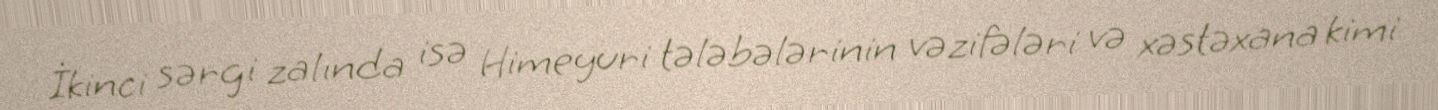
İkinci sərgi zalında isə Himeyuri tələbələrinin vəzifələri və xəstəxana kimi